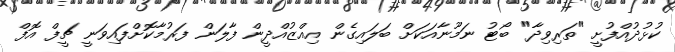
ކުޅުދުއްފުށީ "ތަރިވިދާ" ބޯޓު ނަމޫނާއަކަށް ބަލައިގެން އިއްޒުއްދީން ފާލަން ފަރުމާކޮށްފައިވަނީ ޗީފް އޮފް